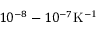
1 0 ^ { - 8 } - 1 0 ^ { - 7 } \mathrm { K ^ { - 1 } }